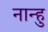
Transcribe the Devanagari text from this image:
नान्हु